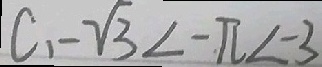
C 、 - \sqrt { 3 } < - \pi < - 3